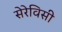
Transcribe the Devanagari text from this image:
सेरेविसी